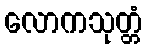
လောကသုတ္တံ